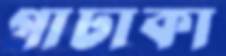
গাঢাকা